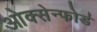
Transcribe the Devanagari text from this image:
ओक्सेन्फोर्ड